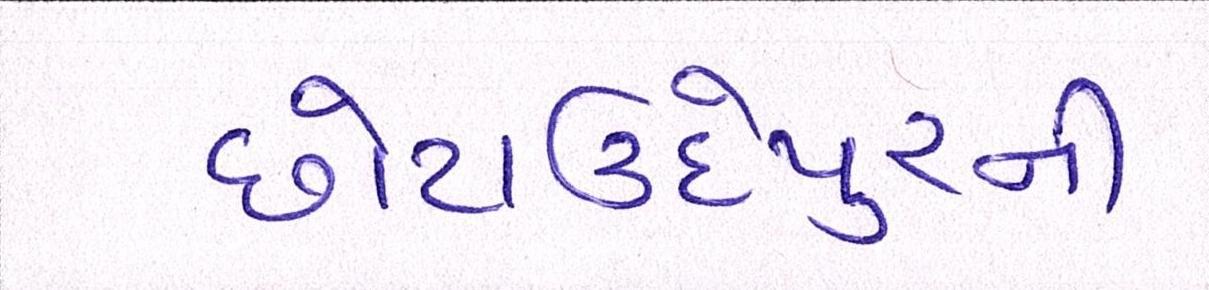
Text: છોટાઉદેપુરની